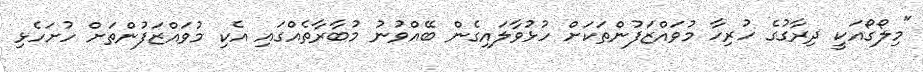
"މިލޯގޯއަކީ ދިރާގުގެ ހުރިހާ މުވައްޒަފުންތަކަށް ހުޅުވާލައިގެން ބޭއްވުނު މުބާރާތެއްގައި އެކި މުވައްޒަފުންތަށް ހުށަހެޅި